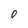
Character: 0